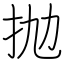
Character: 抛